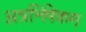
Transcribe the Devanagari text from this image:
अन्नभिषेकम